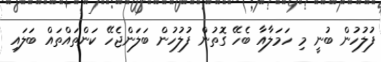
ފުލުހުން ބުނީ މި ހަމަލާއާ ބެހޭ ގޮތުން ފުލުހުން ބަލަންޖެހޭ ކަންތައްތައް ބަލައި